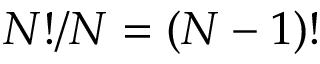
{ N } ! / N = { \left( N - 1 \right) } !